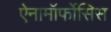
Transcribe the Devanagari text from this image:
ऐनामॉर्फोसिस